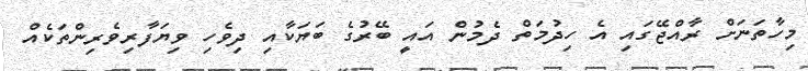
މިހާތަނަށް ރާއްޖޭގައި އެ ހިދުމަތް ދެމުން އައީ ބޭރުގެ ބަޔަކާއި ދިވެހި ވިޔަފާރިވެރިންތަކެއް